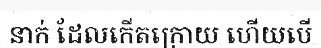
នាក់ ដែលកើតក្រោយ ហើយបើ